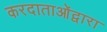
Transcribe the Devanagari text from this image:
करदाताओंद्वारा